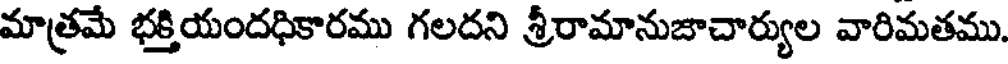
మాత్రమే భక్తియందధికారము గలదని శ్రీరామానుజాచార్యుల వారిమతము.